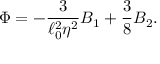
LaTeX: \Phi = - { \frac { 3 } { \ell _ { 0 } ^ { 2 } \eta ^ { 2 } } } B _ { 1 } + { \frac { 3 } { 8 } } B _ { 2 } .